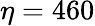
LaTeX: \eta=460